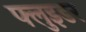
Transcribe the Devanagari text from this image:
फ्लुइडर